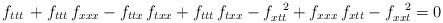
LaTeX: \begin{align*}f_{ttt} \, + f_{ttt} \, f_{xxx} - f_{ttx} \, f_{txx} + f_{ttt}\, f_{txx} - f_{xtt}^{\;\;\;2} + f_{xxx} \, f_{xtt} - f_{xxt}^{\;\;\;2} = 0\end{align*}